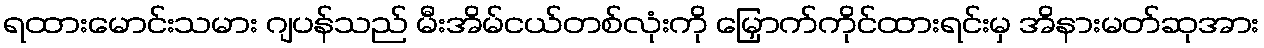
ရထားမောင်းသမား ဂျပန်သည် မီးအိမ်ငယ်တစ်လုံးကို မြှောက်ကိုင်ထားရင်းမှ အိနားမတ်ဆုအား